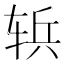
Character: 𮝶